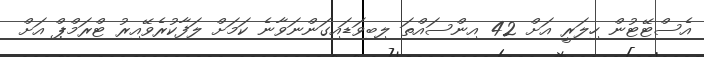
އެސްޓޭޓުން ހިލަރީ އަށް 42 އިންސައްތަ ލިބިވަޑައިގަންނަވާނެ ކަމަށް ލަފާކުރެވޭއިރު ޓްރަމްޕް އަށް